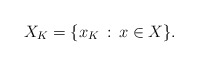
\begin{align*} X_K = \{x_K\,:\,x \in X\}.\end{align*}